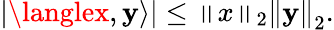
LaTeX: \left|\langlex,\mathbf{y}\rangle\right|\leq\left\| x\right\| _{2}\left\| \mathbf{y}\right\| _{2}.